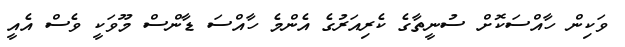
ވަކިން ހާއްސަކޮށް ސުނީތާގެ ކެރިއަރުގެ އެންމެ ހާއްސަ ޑާންސް މޫވަކީ ވެސް އެއީ